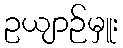
ဥယျာဉ်မှူး